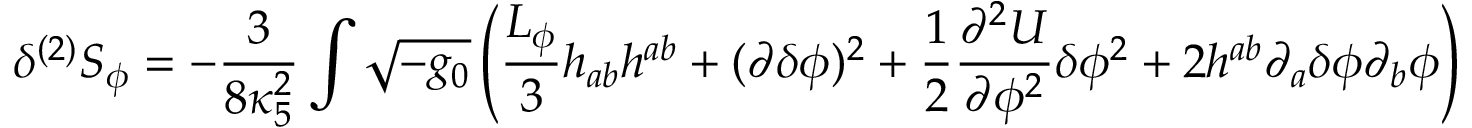
\delta ^ { ( 2 ) } S _ { \phi } = - \frac { 3 } { 8 \kappa _ { 5 } ^ { 2 } } \int \sqrt { - g _ { 0 } } \left( \frac { { \cal L } _ { \phi } } { 3 } h _ { a b } h ^ { a b } + ( \partial \delta \phi ) ^ { 2 } + \frac { 1 } { 2 } \frac { \partial ^ { 2 } U } { \partial \phi ^ { 2 } } \delta \phi ^ { 2 } + 2 h ^ { a b } \partial _ { a } \delta \phi \partial _ { b } \phi \right)